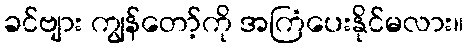
ခင်ဗျား ကျွန်တော့်ကို အကြံပေးနိုင်မလား။